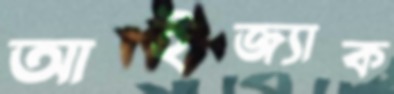
আইজ্যাক